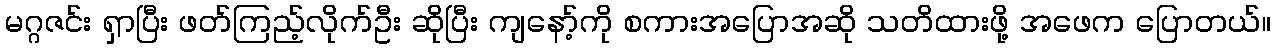
မဂ္ဂဇင်း ရှာပြီး ဖတ်ကြည့်လိုက်ဦး ဆိုပြီး ကျနော့်ကို စကားအပြောအဆို သတိထားဖို့ အဖေက ပြောတယ်။